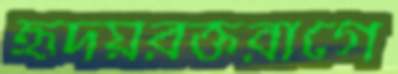
হৃদয়রক্তরাগে